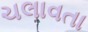
ચલાવતા